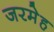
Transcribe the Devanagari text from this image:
जरमेह